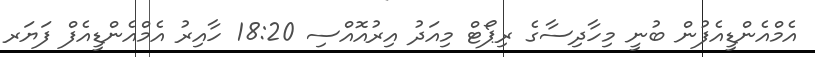
އެމްއެންޑީއެފުން ބުނީ މިހާދިސާގެ ރިޕޯޓް މިއަދު އިރުއޮއްސި 18:20 ހާއިރު އެމްއެންޑީއެފް ފަޔަރ